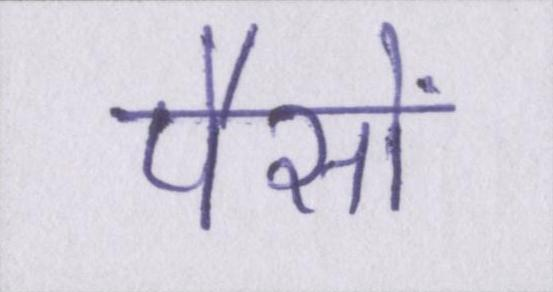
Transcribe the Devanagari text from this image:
पैसों